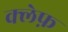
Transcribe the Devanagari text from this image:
क्लेफ़